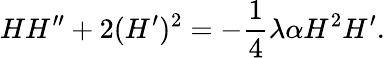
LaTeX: HH^{\prime\prime}+2(H^{\prime})^{2}=-\frac{1}{4}\lambda\alpha H^{2}H^{\prime}.